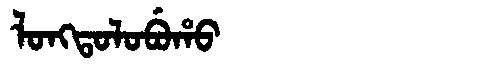
Manchu: ᠯᠣᠩᡨᠣᠯᠣᠪᡠᡥᠣ
Romanization: LONGTOLOBUHO